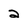
Character: 2